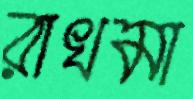
রাখমা